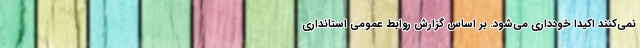
نمی‌کنند اکیدا خودداری می‌شود. بر اساس گزارش روابط عمومی استانداری